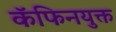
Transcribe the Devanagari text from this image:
कॅफिनयुक्त